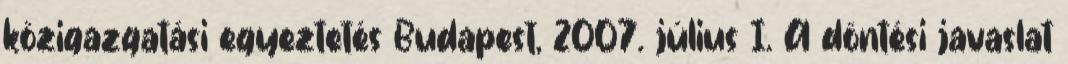
közigazgatási egyeztetés Budapest, 2007. július I. A döntési javaslat